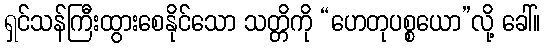
ရှင်သန်ကြီးထွားစေနိုင်သော သတ္တိကို “ဟေတုပစ္စယော”လို့ ခေါ်။